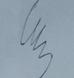
Signature authenticity: genuine